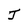
Character: J